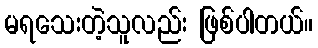
မရသေးတဲ့သူလည်း ဖြစ်ပါတယ်။